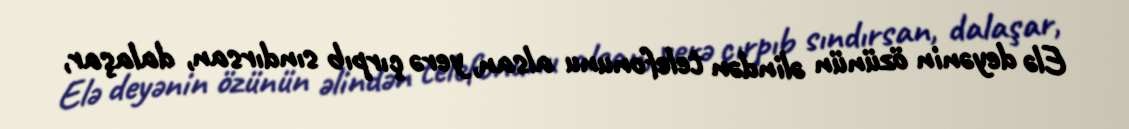
Elə deyənin özünün əlindən telefonunu alsan, yerə çırpıb sındırsan, dalaşar,